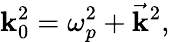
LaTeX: \mathbf{k}_{0}^{2}=\omega_{p}^{2}+{\vec{{\mathbf{k}}}}^{2},